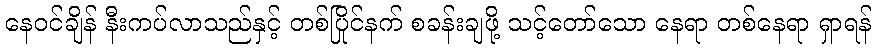
နေဝင်ချိန် နီးကပ်လာသည်နှင့် တစ်ပြိုင်နက် စခန်းချဖို့ သင့်တော်သော နေရာ တစ်နေရာ ရှာရန်